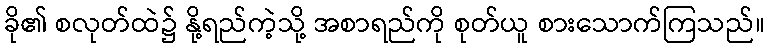
ခို၏ စလုတ်ထဲ၌ နို့ရည်ကဲ့သို့ အစာရည်ကို စုတ်ယူ စားသောက်ကြသည်။